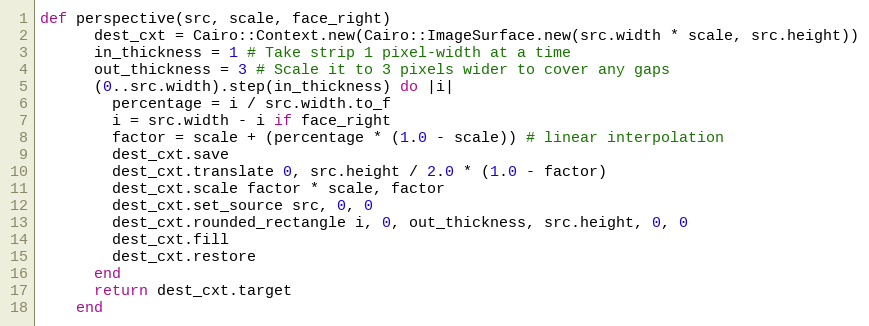
Language: Ruby
def perspective(src, scale, face_right)
      dest_cxt = Cairo::Context.new(Cairo::ImageSurface.new(src.width * scale, src.height))
      in_thickness = 1 # Take strip 1 pixel-width at a time
      out_thickness = 3 # Scale it to 3 pixels wider to cover any gaps
      (0..src.width).step(in_thickness) do |i|
        percentage = i / src.width.to_f
        i = src.width - i if face_right
        factor = scale + (percentage * (1.0 - scale)) # linear interpolation
        dest_cxt.save
        dest_cxt.translate 0, src.height / 2.0 * (1.0 - factor)
        dest_cxt.scale factor * scale, factor
        dest_cxt.set_source src, 0, 0
        dest_cxt.rounded_rectangle i, 0, out_thickness, src.height, 0, 0
        dest_cxt.fill
        dest_cxt.restore
      end
      return dest_cxt.target
    end